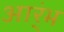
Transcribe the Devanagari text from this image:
आर्ंभ